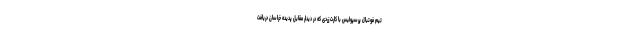
تیم فوتبال پرسپولیس با کارت زردی که در دیدار مقابل پدیده خراسان دریافت